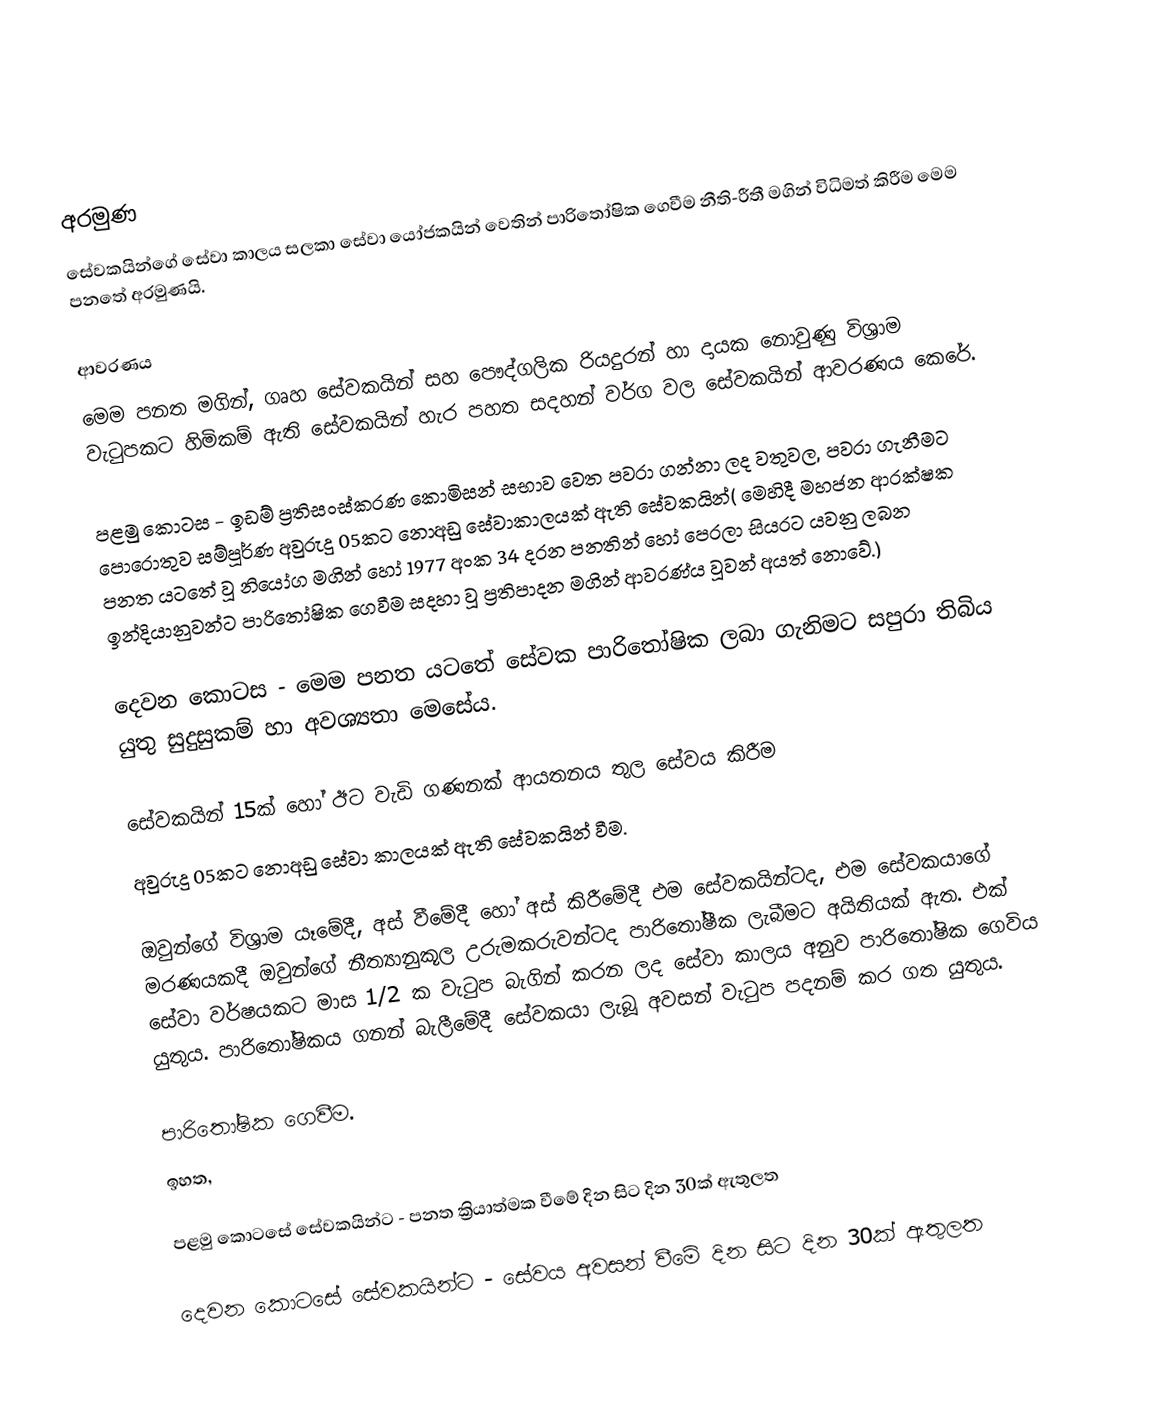

අරමුණ
සේවකයින්ගේ සේවා කාලය සලකා සේවා යෝජකයින් වෙතින් පාරිතෝෂික  ගෙවීම නීති-රීතී මගින් විධිමත් කිරීම මෙම පනතේ අරමුණයි.

ආවරණය
මෙම පනත මගින්, ගෘහ සේවකයින් සහ පෞද්ගලික රියදුරන් හා දායක නොවුණු විශ්‍රාම වැටුපකට හිමිකම් ඇති සේවකයින් හැර පහත සදහන් වර්ග වල සේවකයින් ආවරණය කෙරේ.

පළමු කොටස  -  ඉඩම් ප්‍රතිසංස්කරණ කොමිසන් සභාව වෙත පවරා ගන්නා ලද වතුවල, පවරා ගැනීමට පොරොතුව සම්පූර්ණ අවුරුදු 05කට නොඅඩු සේවාකාලයක් ඇති සේවකයින්( මෙහිදී මහජන ආරක්ෂක පනත යටතේ වූ නියෝග මගින් හෝ 1977 අංක 34 දරන පනතින් හෝ පෙරලා සියරට යවනු ලබන ඉන්දියානුවන්ට පාරිතෝෂික ගෙවීම සදහා වූ ප්‍රතිපාදන මගින් ආවරණ්ය වූවන් අයත් නොවේ.)

දෙවන කොටස -   මෙම පනත යටතේ සේවක පාරිතෝෂික ලබා ගැනිමට සපුරා තිබිය යුතු සුදුසුකම් හා අවශ්‍යතා මෙසේය.

 සේවකයින් 15ක් හෝ ඊට වැඩි ගණනක් ආයතනය තුල සේවය කිරීම
 අවුරුදු 05කට නොඅඩු සේවා කාලයක් ඇති සේවකයින් වීම.

ඔවුන්ගේ විශ්‍රාම යෑමේදී, අස් වීමේදී  හෝ අස් කිරීමේදී එම සේවකයින්ටද, එම සේවකයාගේ මරණයකදී ඔවුන්ගේ නීත්‍යානුකූල උරුමකරුවන්ටද පාරිතෝෂීක ලැබීමට අයිතියක් ඇත. එක් සේවා වර්ෂයකට මාස 1/2 ක වැටුප බැගින් කරන ලද සේවා කාලය අනුව පාරිතෝෂික ගෙවිය යුතුය. පාරිතෝෂිකය ගනන් බැලීමේදී සේවකයා ලැබූ අවසන් වැටුප පදනම් කර ගත යුතුය.

පාරිතෝෂික ගෙවීම.
ඉහත,

පළමු කොටසේ සේවකයින්ට - පනත ක්‍රියාත්මක වීමේ දින සිට දින 30ක් ඇතුලත

දෙවන කොටසේ සේවකයින්ට - සේවය අවසන් වීමේ දින සිට දින 30ක් ඇතුලත